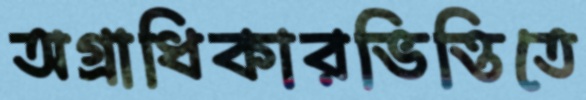
অগ্রাধিকারভিত্তিতে